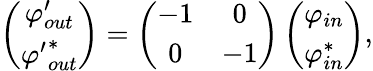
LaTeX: \left(\begin{array}{cc}{{{\varphi}_{out}^{\prime}}}\\ {{{{\varphi}^{\prime}}_{out}^{*}}}\end{array}\right)=\left(\begin{array}{cc}{{-1}}&{{0}}\\ {{0}}&{{-1}}\end{array}\right)\left(\begin{array}{cc}{{\varphi_{in}}}\\ {{\varphi_{in}^{*}}}\end{array}\right),